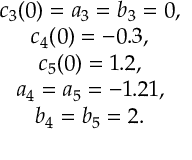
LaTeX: \begin{array} { c } { { c _ { 3 } ( 0 ) = a _ { 3 } = b _ { 3 } = 0 , } } \\ { { c _ { 4 } ( 0 ) = - 0 . 3 , } } \\ { { c _ { 5 } ( 0 ) = 1 . 2 , } } \\ { { a _ { 4 } = a _ { 5 } = - 1 . 2 1 , } } \\ { { b _ { 4 } = b _ { 5 } = 2 . } } \end{array}